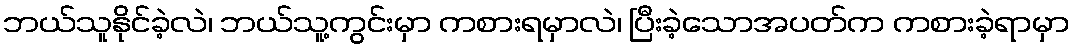
ဘယ်သူနိုင်ခဲ့လဲ၊ ဘယ်သူ့ကွင်းမှာ ကစားရမှာလဲ၊ ပြီးခဲ့သောအပတ်က ကစားခဲ့ရာမှာ